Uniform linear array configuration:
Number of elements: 64
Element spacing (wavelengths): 0.5
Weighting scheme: blackman
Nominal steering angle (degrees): -60
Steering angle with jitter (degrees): -59.137
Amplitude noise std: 0.05
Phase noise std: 0.05

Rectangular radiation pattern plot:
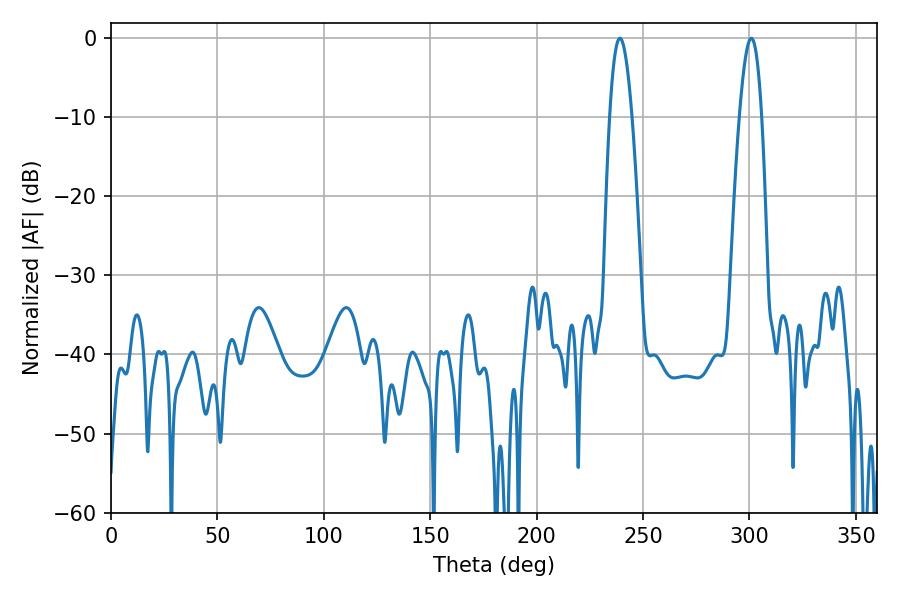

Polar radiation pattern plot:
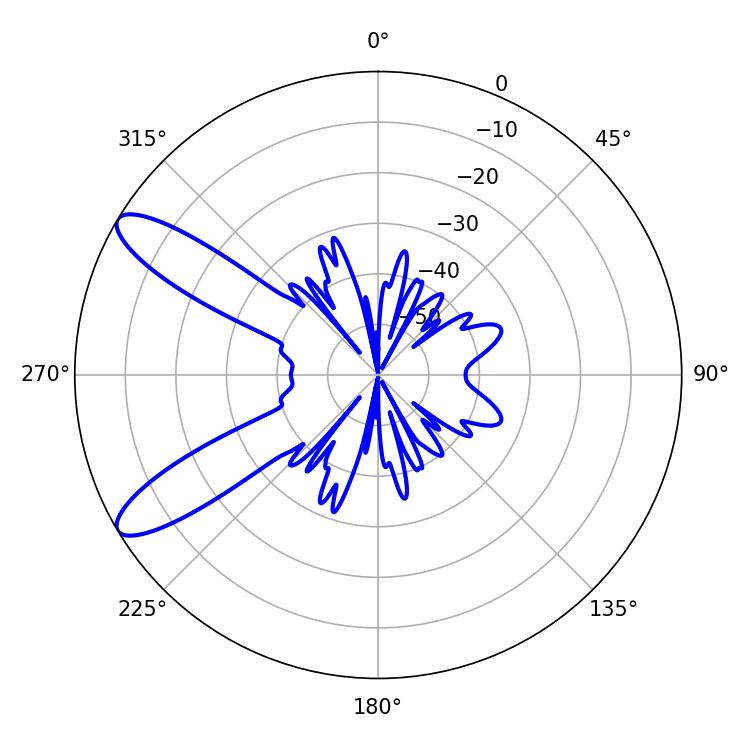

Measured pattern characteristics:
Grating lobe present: FALSE
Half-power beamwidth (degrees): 5.76
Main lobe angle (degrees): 300.78